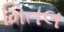
મિતલ